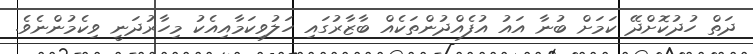
ދަތް ހުދުކޮށްދޭ ކަމަށް ބުނާ އައު އުފެއްދުންތަކެއް ބާޒާރުގައި ހަލުވިކަމާއިއެކު މިހާރުދަނީ ވިކެމުންނެވެ.